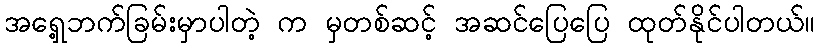
အရှေ့ဘက်ခြမ်းမှာပါတဲ့ က မှတစ်ဆင့် အဆင်ပြေပြေ ထုတ်နိုင်ပါတယ်။